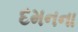
દમનના